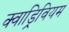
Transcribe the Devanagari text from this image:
क्वाड्रिवियम